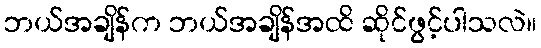
ဘယ်အချိန်က ဘယ်အချိန်အထိ ဆိုင်ဖွင့်ပါသလဲ။